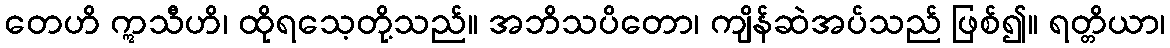
တေဟိ ဣသီဟိ၊ ထိုရသေ့တို့သည်။ အဘိသပိတော၊ ကျိန်ဆဲအပ်သည် ဖြစ်၍။ ရတ္တိယာ၊